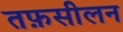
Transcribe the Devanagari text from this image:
तफ़सीलन